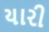
યારી